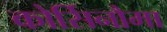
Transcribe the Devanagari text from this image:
कोर्सिनौमा